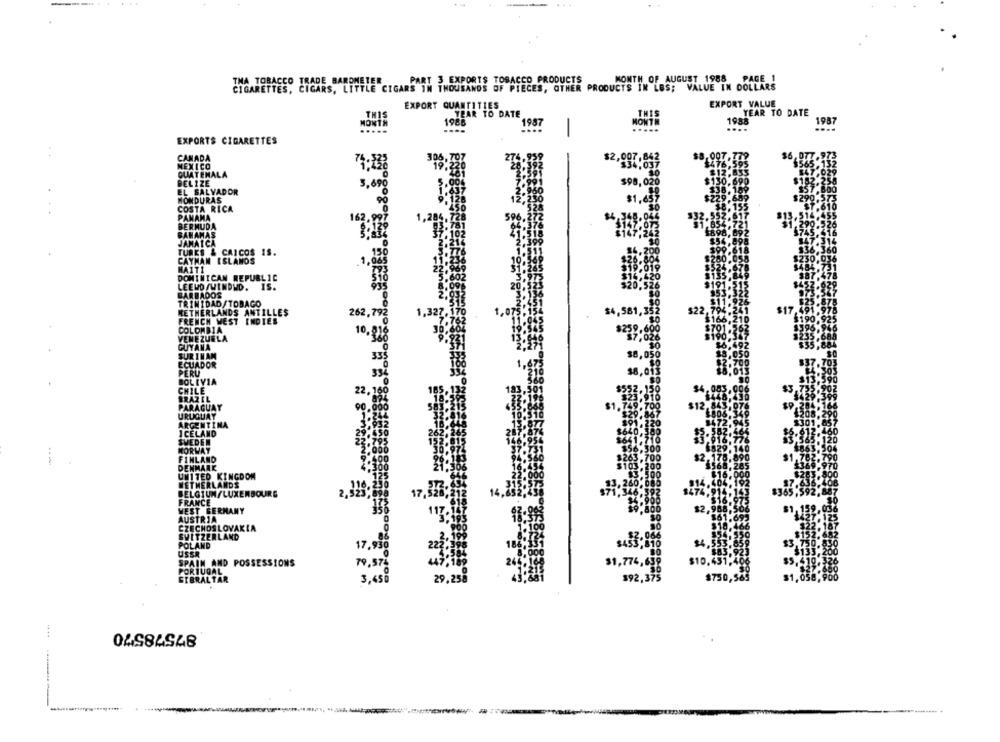
TMA TOBACCO TRADE BAROMETER
PART 3 EXPORTS TOBACCO PRODUCTS
MONTH OF AUGUST 1988 PAGE 1
CIGARETTES, CIGARS, LITTLE CIGARS IN THOUSANDS OF PIECES, OTHER PRODUCTS IN LES; VALUE IN DOLLARS
EXPORT VALUE
EXPORT QUANTITIES
TH
YEAR TO DATE
YEAR TO DATE
NOW
1988
1987
IONTH
1988
1987
EXPORTS CIGARETTES
CANADA
$2,007,842
$34,037
MEXICO
74:13
GUATEMALA
10
BELIZE
3,690
$98,020
EL SALVADOR
HONDURAS
$1,659
COSTA RICA
..
1.20
PANAMA
162.99
BERMUDA
BAHAMAS
JAMAICA
TURKS & CAICOS IS.
CAYMAN ISLANDS
HAITI
DOMINICAN REPUBLIC
LEEMOIWINDMD.
IS.
BARBADOS
TRINIDAD/TOBAGO
NETHERLANDS ANTILLES
262,792
$4,581,
$22
FRENCH WEST INDIES
COLON
VIA
URUGUAY
ARGENTINA
ICELAND
FINLAND
DENMARK
UNITED KINGDOM
NETHERLANDS
BELGIUN LUXEMBOURG
.523
17
FRANCE
WEST GERMANY
$2.
AUSTRIA
CZECHOSLOVAKIA
SWITZERLAND
POLAND
17,930
USSR
SPAIN AND POSSESSIONS
79.575
$1,774,638
$10,451,
PORTUGAL
3,45
29.2
$92,375
$750,
87578570